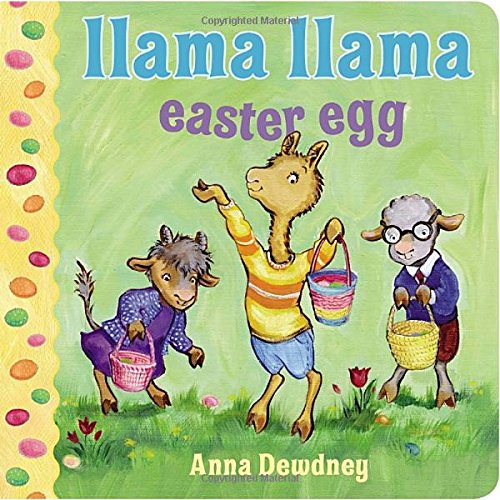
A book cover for Llama Llama Easter Egg; Anna Dewdney; Children's Books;